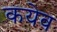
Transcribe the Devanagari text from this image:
कयेव